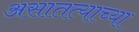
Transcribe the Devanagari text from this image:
असातत्याच्या